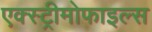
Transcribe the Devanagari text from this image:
एक्स्ट्रीमोफाइल्स